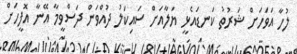
ލުހާ އަވަހަށް ޝަރުތު ކަނޑައެޅީ ޔަލާއަށް ސައިކަލު ދުއްވަން ދަސްވީމާ އޭނާ އޮފީހަށް